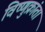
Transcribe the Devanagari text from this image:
विष्णुक्रांता